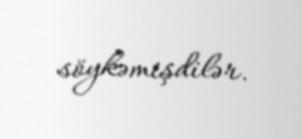
söykəmişdilər.